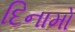
દિનામો